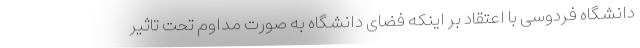
دانشگاه فردوسی با اعتقاد بر اینکه فضای دانشگاه به صورت مداوم تحت تاثیر